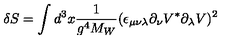
\delta S = \int d ^ { 3 } x { \frac { 1 } { g ^ { 4 } M _ { W } } } ( \epsilon _ { \mu \nu \lambda } \partial _ { \nu } V ^ { * } \partial _ { \lambda } V ) ^ { 2 }